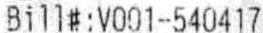
BILL#:V001-540417